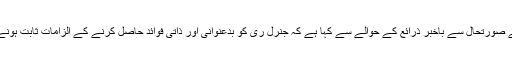
برطانوی نشریاتی ادارے کے مطابق جنوبی کوریا کے سرکاری خبر رساں ادارے “یونہاپ” نے صورتحال سے باخبر ذرائع کے حوالے سے کہا ہے کہ جنرل ری کو بدعنوانی اور ذاتی فوائد حاصل کرنے کے الزامات ثابت ہونے پر رواں ماہ ہی موت کی سزا سنائی گئی تھی جس پر باقاعدہ طور پر عملدرآمد کر دیا گیا ہے۔